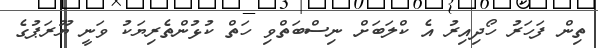
ތިން ފަހަރު ހޯދިއިރު އެ ކްލަބަށް ނިސްބަތްވި ހަތް ކުޅުންތެރިޔަކު ވަނީ ޔޫރަޕުގެ